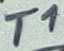
Text: T1